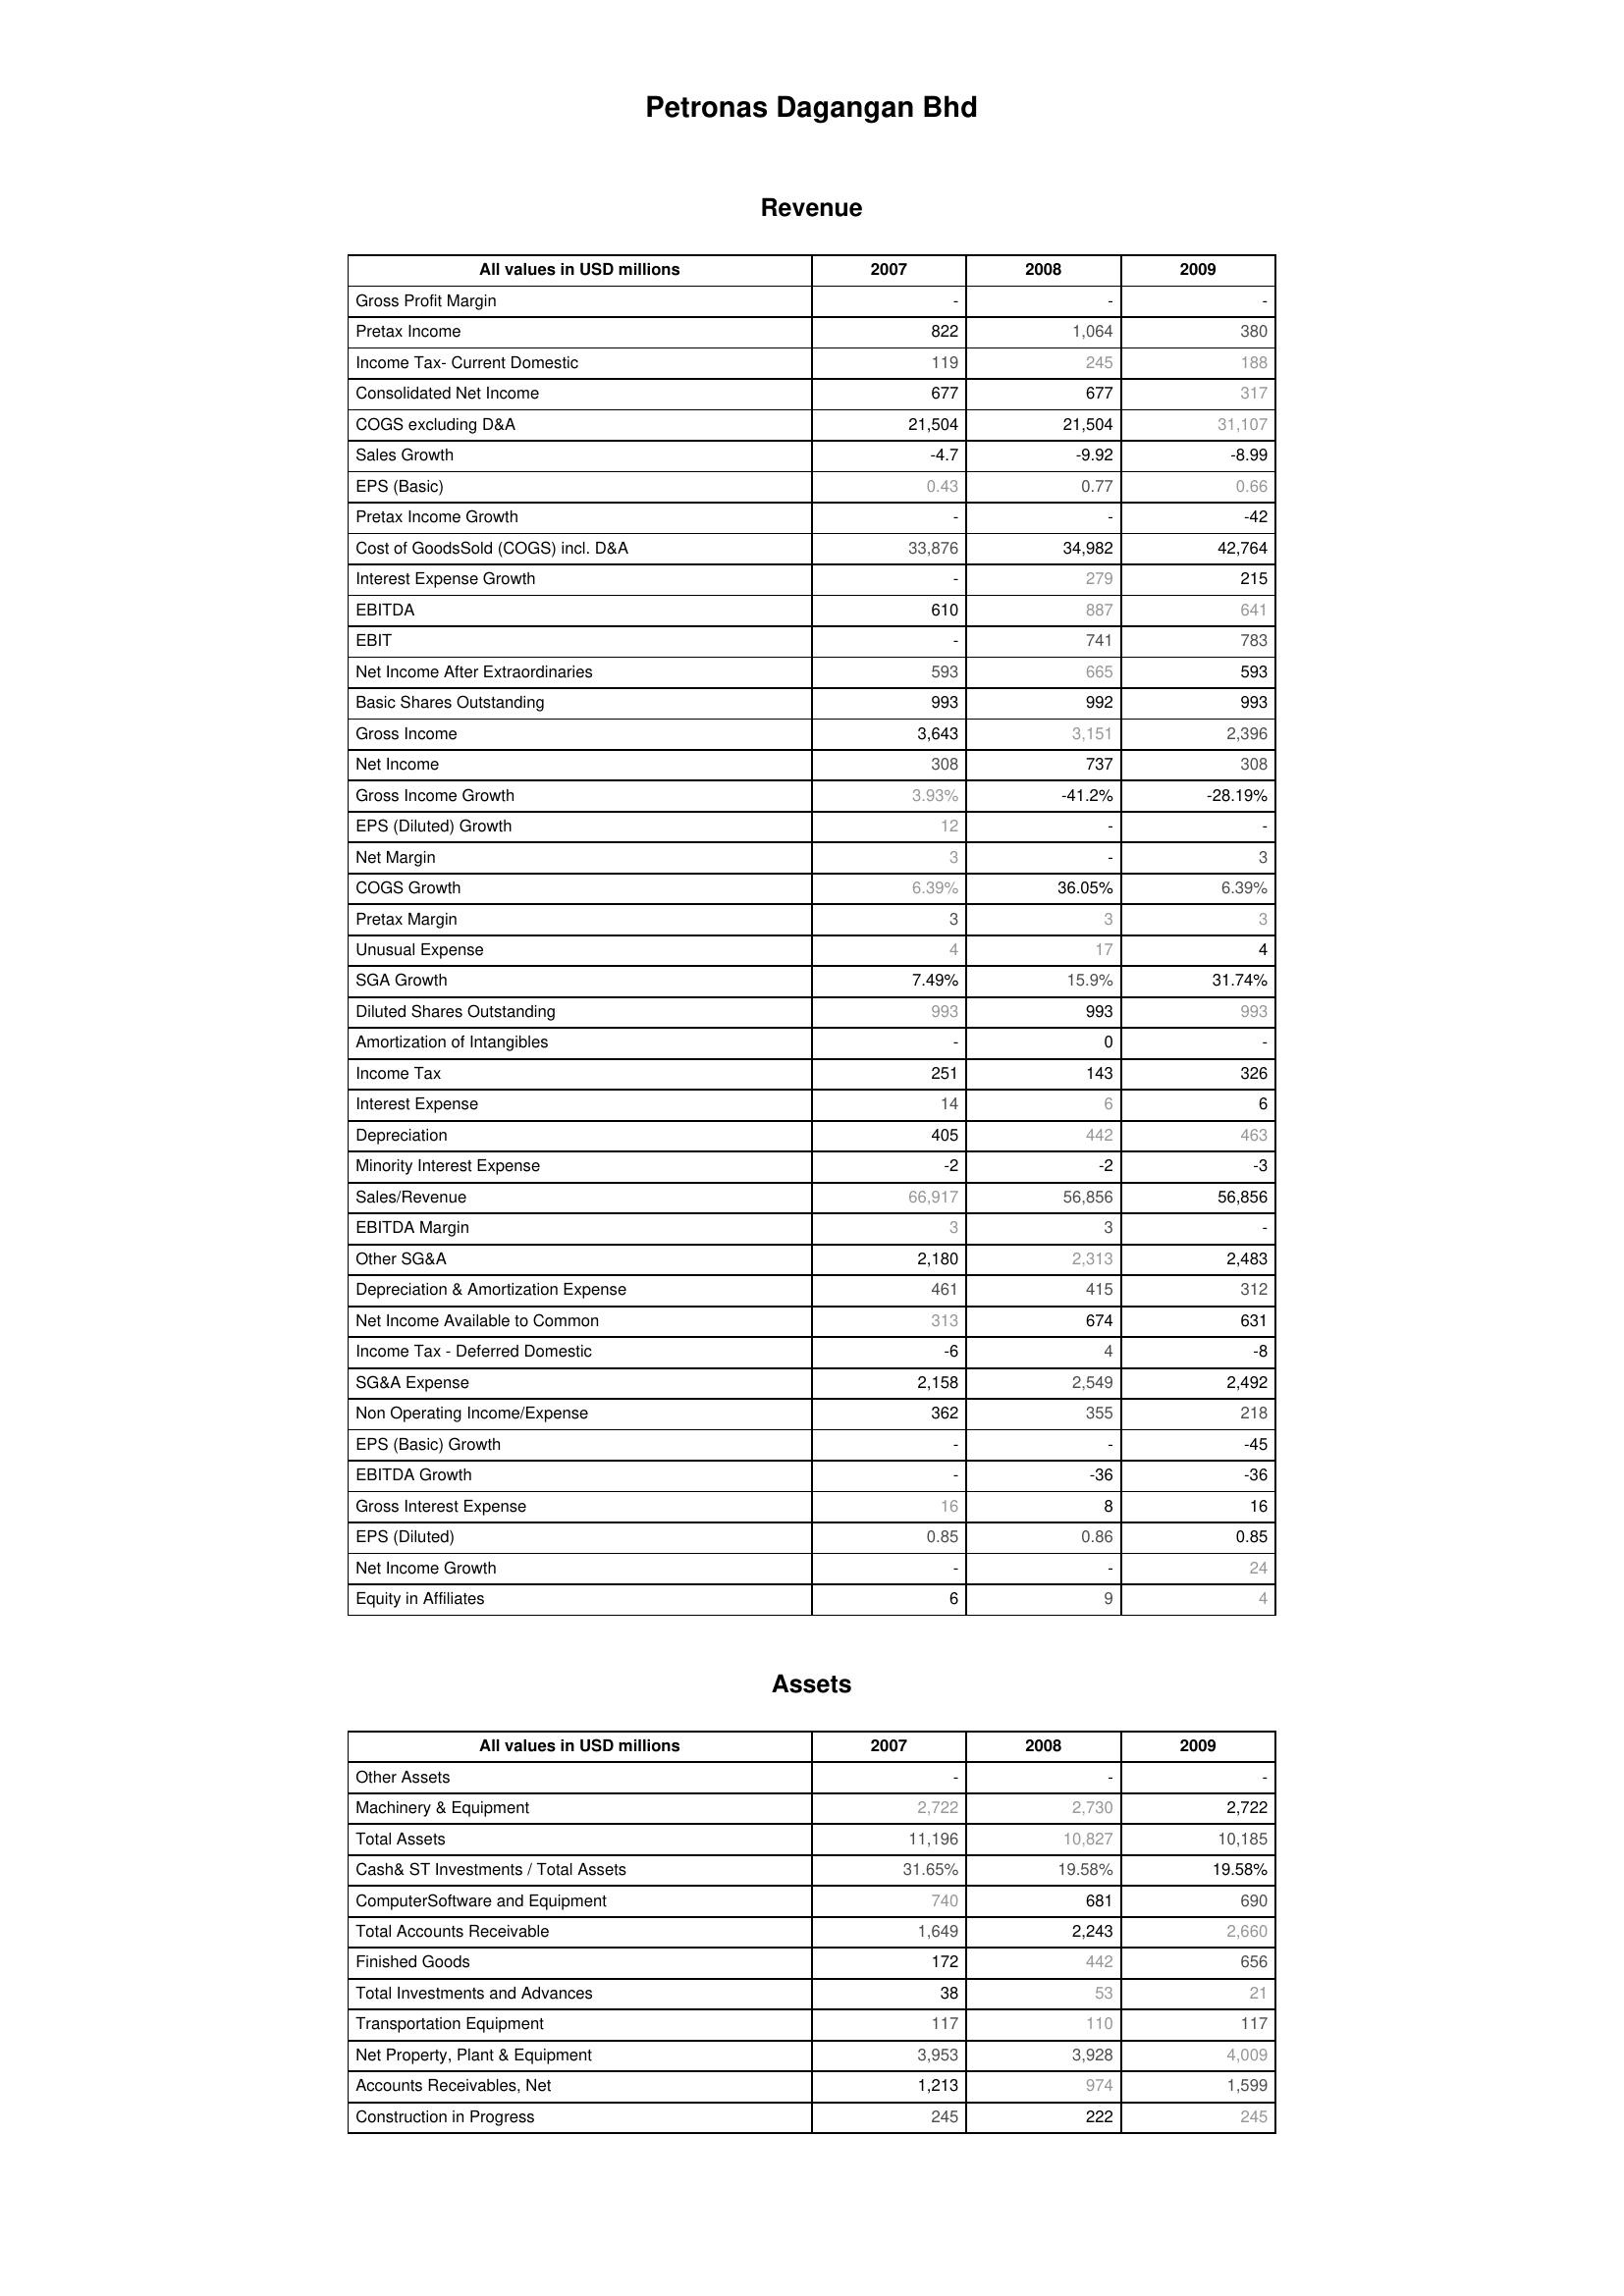
2007: Revenue: Gross Profit Margin: -
Pretax Income: 822
Income Tax- Current Domestic: 119
Consolidated Net Income: 677
COGS excluding D&A: 21,504
Sales Growth: -4.7
EPS (Basic): 0.43
Pretax Income Growth: -
Cost of GoodsSold (COGS) incl. D&A: 33,876
Interest Expense Growth: -
EBITDA: 610
EBIT: -
Net Income After Extraordinaries: 593
Basic Shares Outstanding: 993
Gross Income: 3,643
Net Income: 308
Gross Income Growth: 3.93%
EPS (Diluted) Growth: 12
Net Margin: 3
COGS Growth: 6.39%
Pretax Margin: 3
Unusual Expense: 4
SGA Growth: 7.49%
Diluted Shares Outstanding: 993
Amortization of Intangibles: -
Income Tax: 251
Interest Expense: 14
Depreciation: 405
Minority Interest Expense: -2
Sales/Revenue: 66,917
EBITDA Margin: 3
Other SG&A: 2,180
Depreciation & Amortization Expense: 461
Net Income Available to Common: 313
Income Tax - Deferred Domestic: -6
SG&A Expense: 2,158
Non Operating Income/Expense: 362
EPS (Basic) Growth: -
EBITDA Growth: -
Gross Interest Expense: 16
EPS (Diluted): 0.85
Net Income Growth: -
Equity in Affiliates: 6
Assets: Other Assets: -
Machinery & Equipment: 2,722
Total Assets: 11,196
Cash& ST Investments / Total Assets: 31.65%
ComputerSoftware and Equipment: 740
Total Accounts Receivable: 1,649
Finished Goods: 172
Total Investments and Advances: 38
Transportation Equipment: 117
Net Property, Plant & Equipment: 3,953
Accounts Receivables, Net: 1,213
Construction in Progress: 245
2008: Revenue: Gross Profit Margin: -
Pretax Income: 1,064
Income Tax- Current Domestic: 245
Consolidated Net Income: 677
COGS excluding D&A: 21,504
Sales Growth: -9.92
EPS (Basic): 0.77
Pretax Income Growth: -
Cost of GoodsSold (COGS) incl. D&A: 34,982
Interest Expense Growth: 279
EBITDA: 887
EBIT: 741
Net Income After Extraordinaries: 665
Basic Shares Outstanding: 992
Gross Income: 3,151
Net Income: 737
Gross Income Growth: -41.2%
EPS (Diluted) Growth: -
Net Margin: -
COGS Growth: 36.05%
Pretax Margin: 3
Unusual Expense: 17
SGA Growth: 15.9%
Diluted Shares Outstanding: 993
Amortization of Intangibles: 0
Income Tax: 143
Interest Expense: 6
Depreciation: 442
Minority Interest Expense: -2
Sales/Revenue: 56,856
EBITDA Margin: 3
Other SG&A: 2,313
Depreciation & Amortization Expense: 415
Net Income Available to Common: 674
Income Tax - Deferred Domestic: 4
SG&A Expense: 2,549
Non Operating Income/Expense: 355
EPS (Basic) Growth: -
EBITDA Growth: -36
Gross Interest Expense: 8
EPS (Diluted): 0.86
Net Income Growth: -
Equity in Affiliates: 9
Assets: Other Assets: -
Machinery & Equipment: 2,730
Total Assets: 10,827
Cash& ST Investments / Total Assets: 19.58%
ComputerSoftware and Equipment: 681
Total Accounts Receivable: 2,243
Finished Goods: 442
Total Investments and Advances: 53
Transportation Equipment: 110
Net Property, Plant & Equipment: 3,928
Accounts Receivables, Net: 974
Construction in Progress: 222
2009: Revenue: Gross Profit Margin: -
Pretax Income: 380
Income Tax- Current Domestic: 188
Consolidated Net Income: 317
COGS excluding D&A: 31,107
Sales Growth: -8.99
EPS (Basic): 0.66
Pretax Income Growth: -42
Cost of GoodsSold (COGS) incl. D&A: 42,764
Interest Expense Growth: 215
EBITDA: 641
EBIT: 783
Net Income After Extraordinaries: 593
Basic Shares Outstanding: 993
Gross Income: 2,396
Net Income: 308
Gross Income Growth: -28.19%
EPS (Diluted) Growth: -
Net Margin: 3
COGS Growth: 6.39%
Pretax Margin: 3
Unusual Expense: 4
SGA Growth: 31.74%
Diluted Shares Outstanding: 993
Amortization of Intangibles: -
Income Tax: 326
Interest Expense: 6
Depreciation: 463
Minority Interest Expense: -3
Sales/Revenue: 56,856
EBITDA Margin: -
Other SG&A: 2,483
Depreciation & Amortization Expense: 312
Net Income Available to Common: 631
Income Tax - Deferred Domestic: -8
SG&A Expense: 2,492
Non Operating Income/Expense: 218
EPS (Basic) Growth: -45
EBITDA Growth: -36
Gross Interest Expense: 16
EPS (Diluted): 0.85
Net Income Growth: 24
Equity in Affiliates: 4
Assets: Other Assets: -
Machinery & Equipment: 2,722
Total Assets: 10,185
Cash& ST Investments / Total Assets: 19.58%
ComputerSoftware and Equipment: 690
Total Accounts Receivable: 2,660
Finished Goods: 656
Total Investments and Advances: 21
Transportation Equipment: 117
Net Property, Plant & Equipment: 4,009
Accounts Receivables, Net: 1,599
Construction in Progress: 245